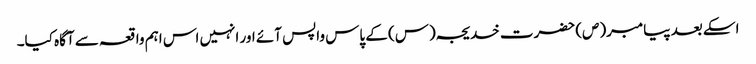
اسکے بعد پیامبر(ص) حضرت خدیجہ(س) کے پاس واپس آئے اور انہیں اس اہم واقعہ سے آگاہ کیا۔